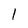
Character: l